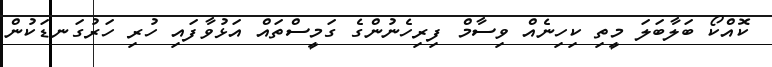
ކޮއްކޯ ބަލާބަލަ މީތި ކިހިނެއް ވިސާމް ފިރިހެނުންގެ ގަމީސްތައް އަޅުވާފައި ހުރި ހަރުގަނޑަކުން